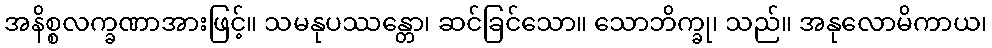
အနိစ္စလက္ခဏာအားဖြင့်။ သမနုပဿန္တော၊ ဆင်ခြင်သော။ သောဘိက္ခု၊ သည်။ အနုလောမိကာယ၊